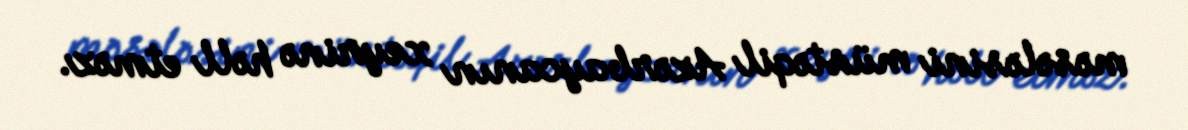
məsələsini müstəqil Azərbaycanın xeyrinə həll etməz.